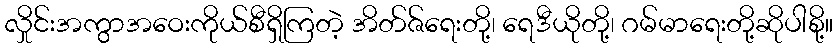
လှိုင်းအကွာအဝေးကိုယ်စီရှိကြတဲ့ အိတ်ဇ်ရေးတို့၊ ရေဒီယိုတို့၊ ဂမ်မာရေးတို့ဆိုပါစို့။